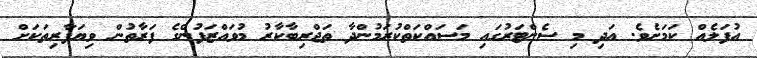
އުފަލެއް ކަމަށެވެ. އަދި މި ސެންޓަރުގައި މަސައްކަތްކުރަމުންދާ ތަޖްރިބާކާރު މުވައްޒަފުންގެ ފަރާތުން ވިޔަފާރިތަކަށް